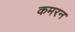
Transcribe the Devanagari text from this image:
कमरन